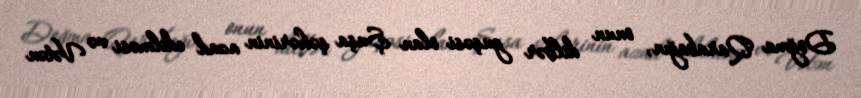
Doğma Qarabağın, onun dilbər guşəsi olan Şuşa şəhərinin azad edilməsi və Vətən